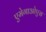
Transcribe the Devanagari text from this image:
एमेगाओएस